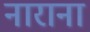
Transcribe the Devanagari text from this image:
नाराना